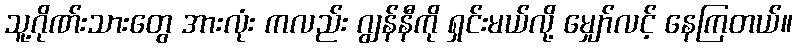
သူ့ဂိုဏ်းသားတွေ အားလုံး ကလည်း ဂျွန်နီကို ရှင်းမယ်လို့ မျှော်လင့် နေကြတယ်။